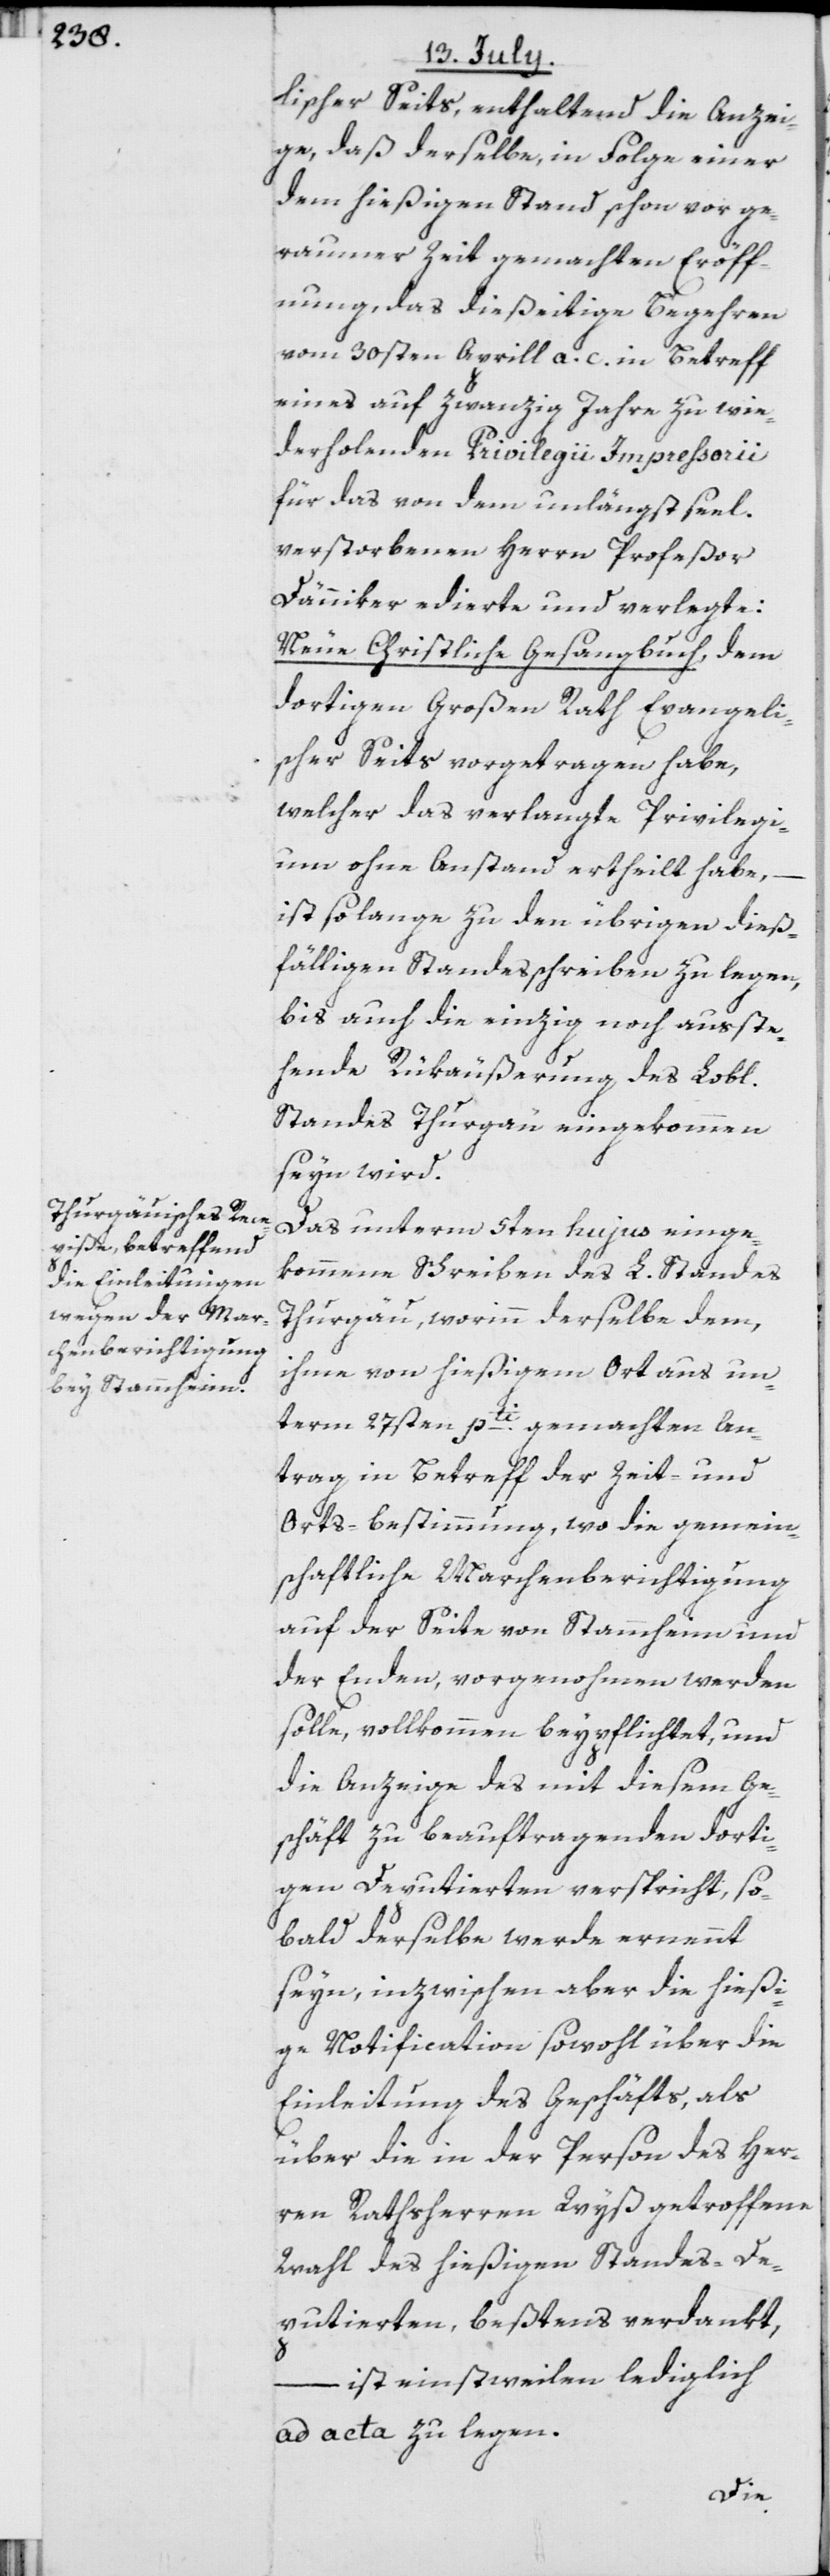
lischer Seits, enthaltend die Anzei¬
ge, daß derselbe, in Folge einer
dem hießigen Stand schon vor ge¬
raumer Zeit gemachten Eröff¬
nung, das dießeitige Begehren
vom 30sten Aprill a. c. in Betreff
eines auf zwanzig Jahre zu wie¬
derholenden Privilegii Impressorii
für das von dem unlängst seel.
verstorbenen Herrn Profeßor
Dänniker edierte und verlegte:
Neue Christliche Gesangbuch, dem
dortigen Großen Rath Evangeli¬
scher Seits vorgetragen habe,
welcher das verlangte Privilegi¬
um ohne Anstand ertheilt habe,
ist so lange zu den übrigen dieß¬
fälligen Standesschreiben zu legen,
bis auch die einzig noch ausste¬
hende Rükäußerung des Lobl.
Standes Thurgau eingekommen
seyn wird.
Das unterm 5ten hujus einge¬
kommene Schreiben des L. Standes
Thurgau, worinn derselbe dem,
ihme von hießigem Ort aus un¬
term 27sten pti. gemachten An¬
trag in Betreff der Zeit- und
Orts-bestimmung, wo die gemein¬
schaftliche Marchenberichtigung
auf der Seite von Stammheim und
der Enden, vorgenohmen werden
solle, vollkommen beypflichtet, und
die Anzeige des mit diesem Ge¬
schäft zu beauftragenden dorti¬
gen Deputierten verspricht, so¬
bald derselbe werde ernennt
seyn, inzwischen aber die hießi¬
ge Notification sowohl über die
Einleitung des Geschäfts, als
über die in der Person des Her¬
ren Rathsherren Wyß getroffene
Wahl des hießigen Standes-De¬
putierten, beßtens verdankt,
– ist einstweilen lediglich
ad acta zu legen.